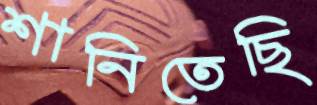
শানিতেছি